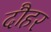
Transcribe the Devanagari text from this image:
दौहर